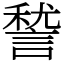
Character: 諬